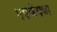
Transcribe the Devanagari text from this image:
भपकेपणा